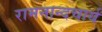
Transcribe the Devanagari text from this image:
रामनान्दचार्य